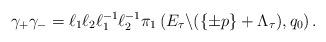
LaTeX: \begin{align*}\gamma_{+}\gamma_{-}=\ell_{1}\ell_{2}\ell_{1}^{-1}\ell_{2}^{-1}\pi_{1}\left( E_{\tau}\backslash(\left \{ \pm p\right \} +\Lambda_{\tau}),q_{0}\right) . \end{align*}